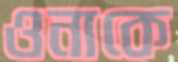
ওনাকে